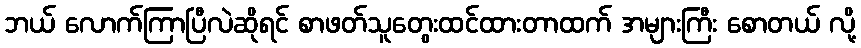
ဘယ် လောက်ကြာပြီလဲဆိုရင် စာဖတ်သူတွေးထင်ထားတာထက် အများကြီး စောတယ် လို့